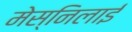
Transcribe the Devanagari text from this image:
मेस्निलाई